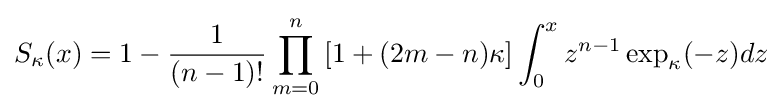
S_{\kappa }(x)=1-{\frac {1}{(n-1)!}}\prod _{m=0}^{n}\left[1+(2m-n)\kappa \right]\int _{0}^{x}z^{n-1}\exp _{\kappa }(-z)dz